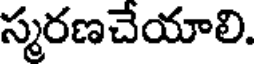
స్మరణచేయాలి.